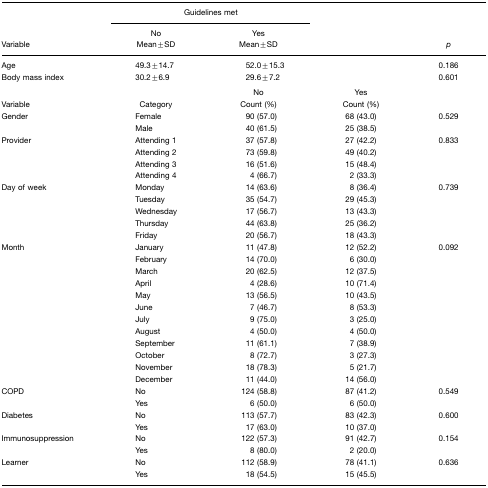
<table><thead><tr><td></td><td colspan="2"><b>Guidelines met</b></td><td></td><td></td></tr><tr><td><b>Variable</b></td><td><b>No Mean±SD</b></td><td><b>Yes Mean±SD</b></td><td></td><td><b><i>p</i></b></td></tr></thead><tbody><tr><td>Age</td><td>49.3±14.7</td><td>52.0±15.3</td><td></td><td>0.186</td></tr><tr><td>Body mass index</td><td>30.2±6.9</td><td>29.6±7.2</td><td></td><td>0.601</td></tr><tr><td></td><td></td><td>No</td><td>Yes</td><td></td></tr><tr><td>Variable</td><td>Category</td><td>Count (%)</td><td>Count (%)</td><td></td></tr><tr><td>Gender</td><td>Female</td><td>90 (57.0)</td><td>68 (43.0)</td><td>0.529</td></tr><tr><td></td><td>Male</td><td>40 (61.5)</td><td>25 (38.5)</td><td></td></tr><tr><td>Provider</td><td>Attending 1</td><td>37 (57.8)</td><td>27 (42.2)</td><td>0.833</td></tr><tr><td></td><td>Attending 2</td><td>73 (59.8)</td><td>49 (40.2)</td><td></td></tr><tr><td></td><td>Attending 3</td><td>16 (51.6)</td><td>15 (48.4)</td><td></td></tr><tr><td></td><td>Attending 4</td><td>4 (66.7)</td><td>2 (33.3)</td><td></td></tr><tr><td>Day of week</td><td>Monday</td><td>14 (63.6)</td><td>8 (36.4)</td><td>0.739</td></tr><tr><td></td><td>Tuesday</td><td>35 (54.7)</td><td>29 (45.3)</td><td></td></tr><tr><td></td><td>Wednesday</td><td>17 (56.7)</td><td>13 (43.3)</td><td></td></tr><tr><td></td><td>Thursday</td><td>44 (63.8)</td><td>25 (36.2)</td><td></td></tr><tr><td></td><td>Friday</td><td>20 (56.7)</td><td>18 (43.3)</td><td></td></tr><tr><td>Month</td><td>January</td><td>11 (47.8)</td><td>12 (52.2)</td><td>0.092</td></tr><tr><td></td><td>February</td><td>14 (70.0)</td><td>6 (30.0)</td><td></td></tr><tr><td></td><td>March</td><td>20 (62.5)</td><td>12 (37.5)</td><td></td></tr><tr><td></td><td>April</td><td>4 (28.6)</td><td>10 (71.4)</td><td></td></tr><tr><td></td><td>May</td><td>13 (56.5)</td><td>10 (43.5)</td><td></td></tr><tr><td></td><td>June</td><td>7 (46.7)</td><td>8 (53.3)</td><td></td></tr><tr><td></td><td>July</td><td>9 (75.0)</td><td>3 (25.0)</td><td></td></tr><tr><td></td><td>August</td><td>4 (50.0)</td><td>4 (50.0)</td><td></td></tr><tr><td></td><td>September</td><td>11 (61.1)</td><td>7 (38.9)</td><td></td></tr><tr><td></td><td>October</td><td>8 (72.7)</td><td>3 (27.3)</td><td></td></tr><tr><td></td><td>November</td><td>18 (78.3)</td><td>5 (21.7)</td><td></td></tr><tr><td></td><td>December</td><td>11 (44.0)</td><td>14 (56.0)</td><td></td></tr><tr><td>COPD</td><td>No</td><td>124 (58.8)</td><td>87 (41.2)</td><td>0.549</td></tr><tr><td></td><td>Yes</td><td>6 (50.0)</td><td>6 (50.0)</td><td></td></tr><tr><td>Diabetes</td><td>No</td><td>113 (57.7)</td><td>83 (42.3)</td><td>0.600</td></tr><tr><td></td><td>Yes</td><td>17 (63.0)</td><td>10 (37.0)</td><td></td></tr><tr><td>Immunosuppression</td><td>No</td><td>122 (57.3)</td><td>91 (42.7)</td><td>0.154</td></tr><tr><td></td><td>Yes</td><td>8 (80.0)</td><td>2 (20.0)</td><td></td></tr><tr><td>Learner</td><td>No</td><td>112 (58.9)</td><td>78 (41.1)</td><td>0.636</td></tr><tr><td></td><td>Yes</td><td>18 (54.5)</td><td>15 (45.5)</td><td></td></tr></tbody></table>